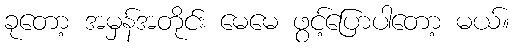
ခုတော့ အမှန်အတိုင်း မေမေ ဖွင့်ပြောပါတော့ မယ်။